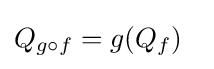
Q_{g\circ f}=g(Q_{f})~~